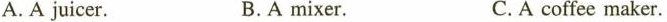
A. A juicer. B.A mixer. C.A coffee maker.